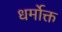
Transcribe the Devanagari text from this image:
धर्मोक्त